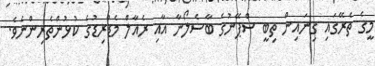
މީގެ ތެރޭގައި ގިނައިން ތިބީ ސްޕޭނުގެ ބާސެލޯނާ އާއި ރެއާލް މެޑްރިޑުގެ ކުޅުންތެރިންނެވެ.